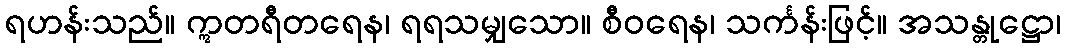
ရဟန်းသည်။ ဣတရီတရေန၊ ရရသမျှသော။ စီဝရေန၊ သင်္ကန်းဖြင့်။ အသန္တုဋ္ဌော၊